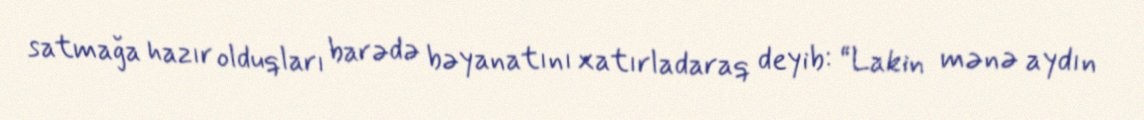
satmağa hazır olduqları barədə bəyanatını xatırladaraq deyib: “Lakin mənə aydın